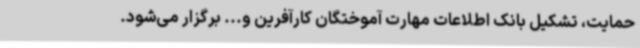
حمایت، تشکیل بانک اطلاعات مهارت آموختگان کارآفرین و... برگزار می‌شود.